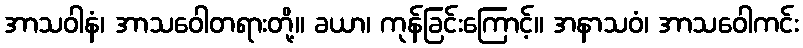
အာသဝါနံ၊ အာသဝေါတရားတို့။ ခယာ၊ ကုန်ခြင်းကြောင့်။ အနာသဝံ၊ အာသဝေါကင်း